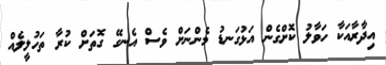
އިދާރާއަކާ ހަވާލު ކޮށްގެން އަޅުގަނޑު މެންނަށް ވެސް އެނގޭ ގޮތަށް ކުރާ ތަހުލީލެއް